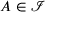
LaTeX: A \in { \mathcal { I } }